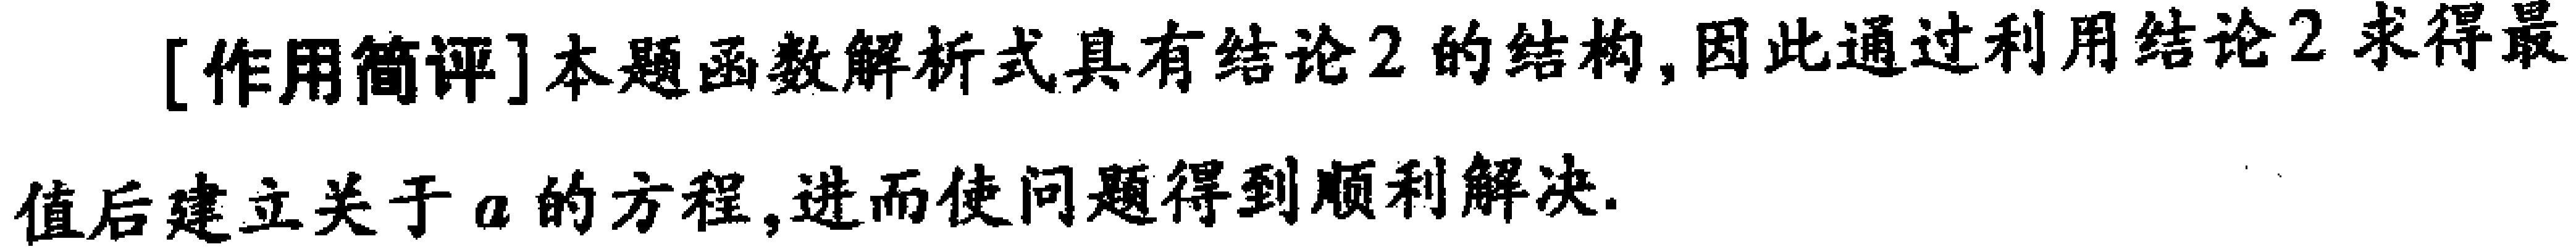
[作用简评]本题函数解析式具有结论2的结构,因此通过利用结论2求得最值后建立关于\(a\)的方程,进而使问题得到顺利解决.